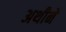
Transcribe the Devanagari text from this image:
अथीने